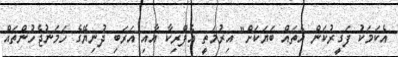
އެކަމަކު ފަގީރުކަން އެތައް ބަޔަކަށް" އިރުމަތީ އެފްރިކާ އާއި އަރަބި ދުނިޔޭގެ ހަމަނުޖެހުންތައް